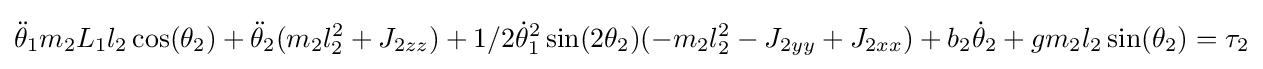
{\ddot {\theta }}_{1}m_{2}L_{1}l_{2}\cos(\theta _{2})+{\ddot {\theta }}_{2}(m_{2}l_{2}^{2}+J_{2zz})+1/2{\dot {\theta }}_{1}^{2}\sin(2\theta _{2})(-m_{2}l_{2}^{2}-J_{2yy}+J_{2xx})+b_{2}{\dot {\theta }}_{2}+gm_{2}l_{2}\sin(\theta _{2})=\tau _{2}